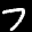
Label: 7